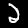
Label: 2